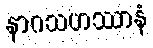
နာဂသဟဿာနံ